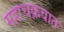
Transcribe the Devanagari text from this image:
महाचक्रवात